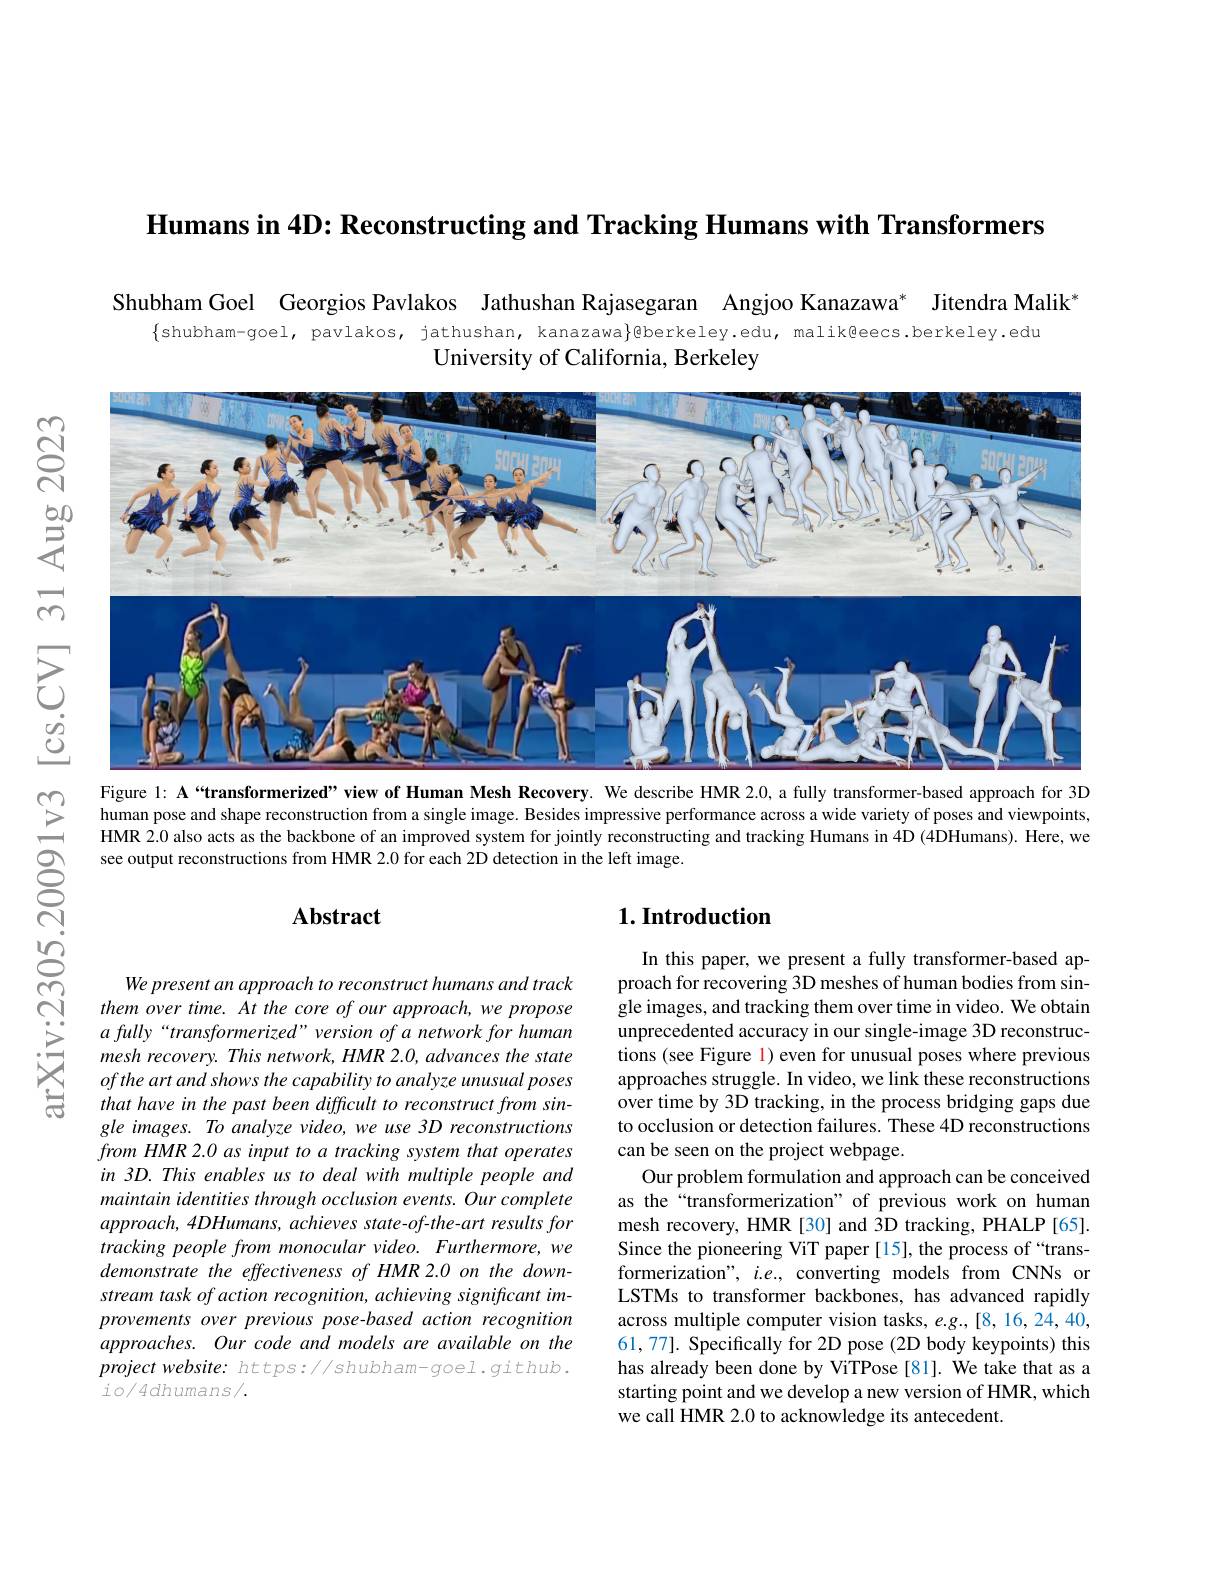
Humans in 4D: Reconstructing and Tracking Humans with Transformers

Shubham Goel Georgios Pavlakos Jathushan Rajasegaran Angjoo Kanazawa* Jitendra Malik
$\{$shubham-goel, pavlakos, jathushan, kanazawa}@berkeley.edu, malik@eecs.berkeley.edu
University of California, Berkeley

$ଝୁ$

$菱$

<FigureHere>

$ल$

$উ్তై$

Figure 1: A“transformerized” view of Human Mesh Recovery. We describe HMR 2.0, a fully transformer-based approach for 3D human pose and shape reconstruction from a single image. Besides impressive performance across a wide variety of poses and viewpoints, HMR 2.0 also acts as the backbone of an improved system for jointly reconstructing and tracking Humans in 4D (4DHumans). Here, we
20091v3
see output reconstructions from HMR 2.0 for each 2D detection in the left image.

### $\mathbf{Abstract}$

### $1. \textbf{Introduction}$

arXiv:2305

We present an approach to reconstruct humans and track them over time. At the core of our approach, we propose $a$ fully“ transformerized” version of a network for human mesh recovery. This network, HMR 2.0, advances the state ofthe art and shows the capability to analyze unusual poses that have in the past been difficult to reconstruct from single images. To analyze video, we use 3D reconstructions from HMR 2.0 as input to a tracking system that operates in 3D. This enables us to deal with multiple people and maintain identities through occlusion events. Our complete approach, 4DHumans, achieves state-of-the-art results for tracking people from monocular video. Furthermore, we demonstrate the effectiveness of HMR 2.0 on the downstream task of action recognition, achieving significant improvements over previous pose-based action recognition approaches. Our code and models are available on the $projectwebsite:https://shubham-goel.github.$ $io/4dhumans/.$

In this paper, we present a fully transformer-based approach for recovering 3D meshes of human bodies from single images, and tracking them over time in video. We obtain unprecedented accuracy in our single-image 3D reconstructions (see Figure 1) even for unusual poses where previous approaches struggle. In video, we link these reconstructions over time by 3D tracking, in the process bridging gaps due to occlusion or detection failures. These 4D reconstructions can be seen on the project webpage.
Our problem formulation and approach can be conceived as the“transformerization” of previous work on human mesh recovery, HMR [30] and 3D tracking, PHALP [65]. Since the pioneering ViT paper [15], the process of“transformerization", $i.e.$, converting models from CNNs or LSTMs to transformer backbones, has advanced rapidly across multiple computer vision tasks, e.g.,[8,16,24,40, 61,77]. Specifically for 2D pose (2D body keypoints) this has already been done by ViTPose[81]. We take that as a starting point and we develop a new version of HMR, which we call HMR 2.0 to acknowledge its antecedent